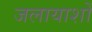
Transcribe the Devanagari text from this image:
जलायाशों